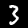
Digit: 3